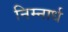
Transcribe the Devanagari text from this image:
निम्नार्ध